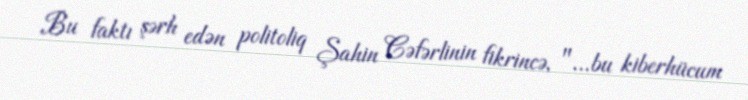
Bu faktı şərh edən politoliq Şahin Cəfərlinin fikrincə, "...bu kiberhücum